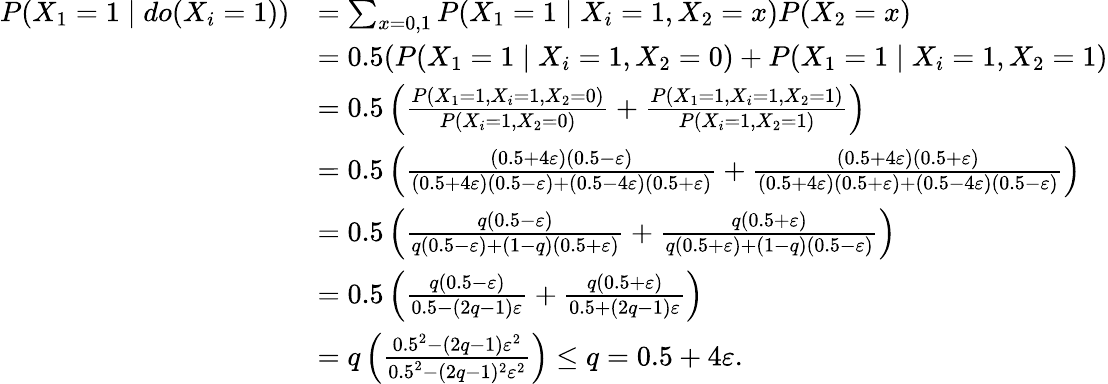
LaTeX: \begin{array}{rl}{P(X_{1}=1\mid do(X_{i}=1))}&{=\sum_{x=0,1}P(X_{1}=1\mid X_{i}=1,X_{2}=x)P(X_{2}=x)}\\ &{=0.5(P(X_{1}=1\mid X_{i}=1,X_{2}=0)+P(X_{1}=1\mid X_{i}=1,X_{2}=1)}\\ &{=0.5\left(\frac{P(X_{1}=1,X_{i}=1,X_{2}=0)}{P(X_{i}=1,X_{2}=0)}+\frac{P(X_{1}=1,X_{i}=1,X_{2}=1)}{P(X_{i}=1,X_{2}=1)}\right)}\\ &{=0.5\left(\frac{(0.5+4\varepsilon)(0.5-\varepsilon)}{(0.5+4\varepsilon)(0.5-\varepsilon)+(0.5-4\varepsilon)(0.5+\varepsilon)}+\frac{(0.5+4\varepsilon)(0.5+\varepsilon)}{(0.5+4\varepsilon)(0.5+\varepsilon)+(0.5-4\varepsilon)(0.5-\varepsilon)}\right)}\\ &{=0.5\left(\frac{q(0.5-\varepsilon)}{q(0.5-\varepsilon)+(1-q)(0.5+\varepsilon)}+\frac{q(0.5+\varepsilon)}{q(0.5+\varepsilon)+(1-q)(0.5-\varepsilon)}\right)}\\ &{=0.5\left(\frac{q(0.5-\varepsilon)}{0.5-(2q-1)\varepsilon}+\frac{q(0.5+\varepsilon)}{0.5+(2q-1)\varepsilon}\right)}\\ &{=q\left(\frac{0.5^{2}-(2q-1)\varepsilon^{2}}{0.5^{2}-(2q-1)^{2}\varepsilon^{2}}\right)\le q=0.5+4\varepsilon.}\end{array}